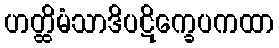
ဟတ္ထိမံသာဒိပဋိက္ခေပကထာ